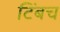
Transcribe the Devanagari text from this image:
टिंबच